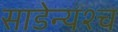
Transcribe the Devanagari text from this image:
साडेन्यश्च